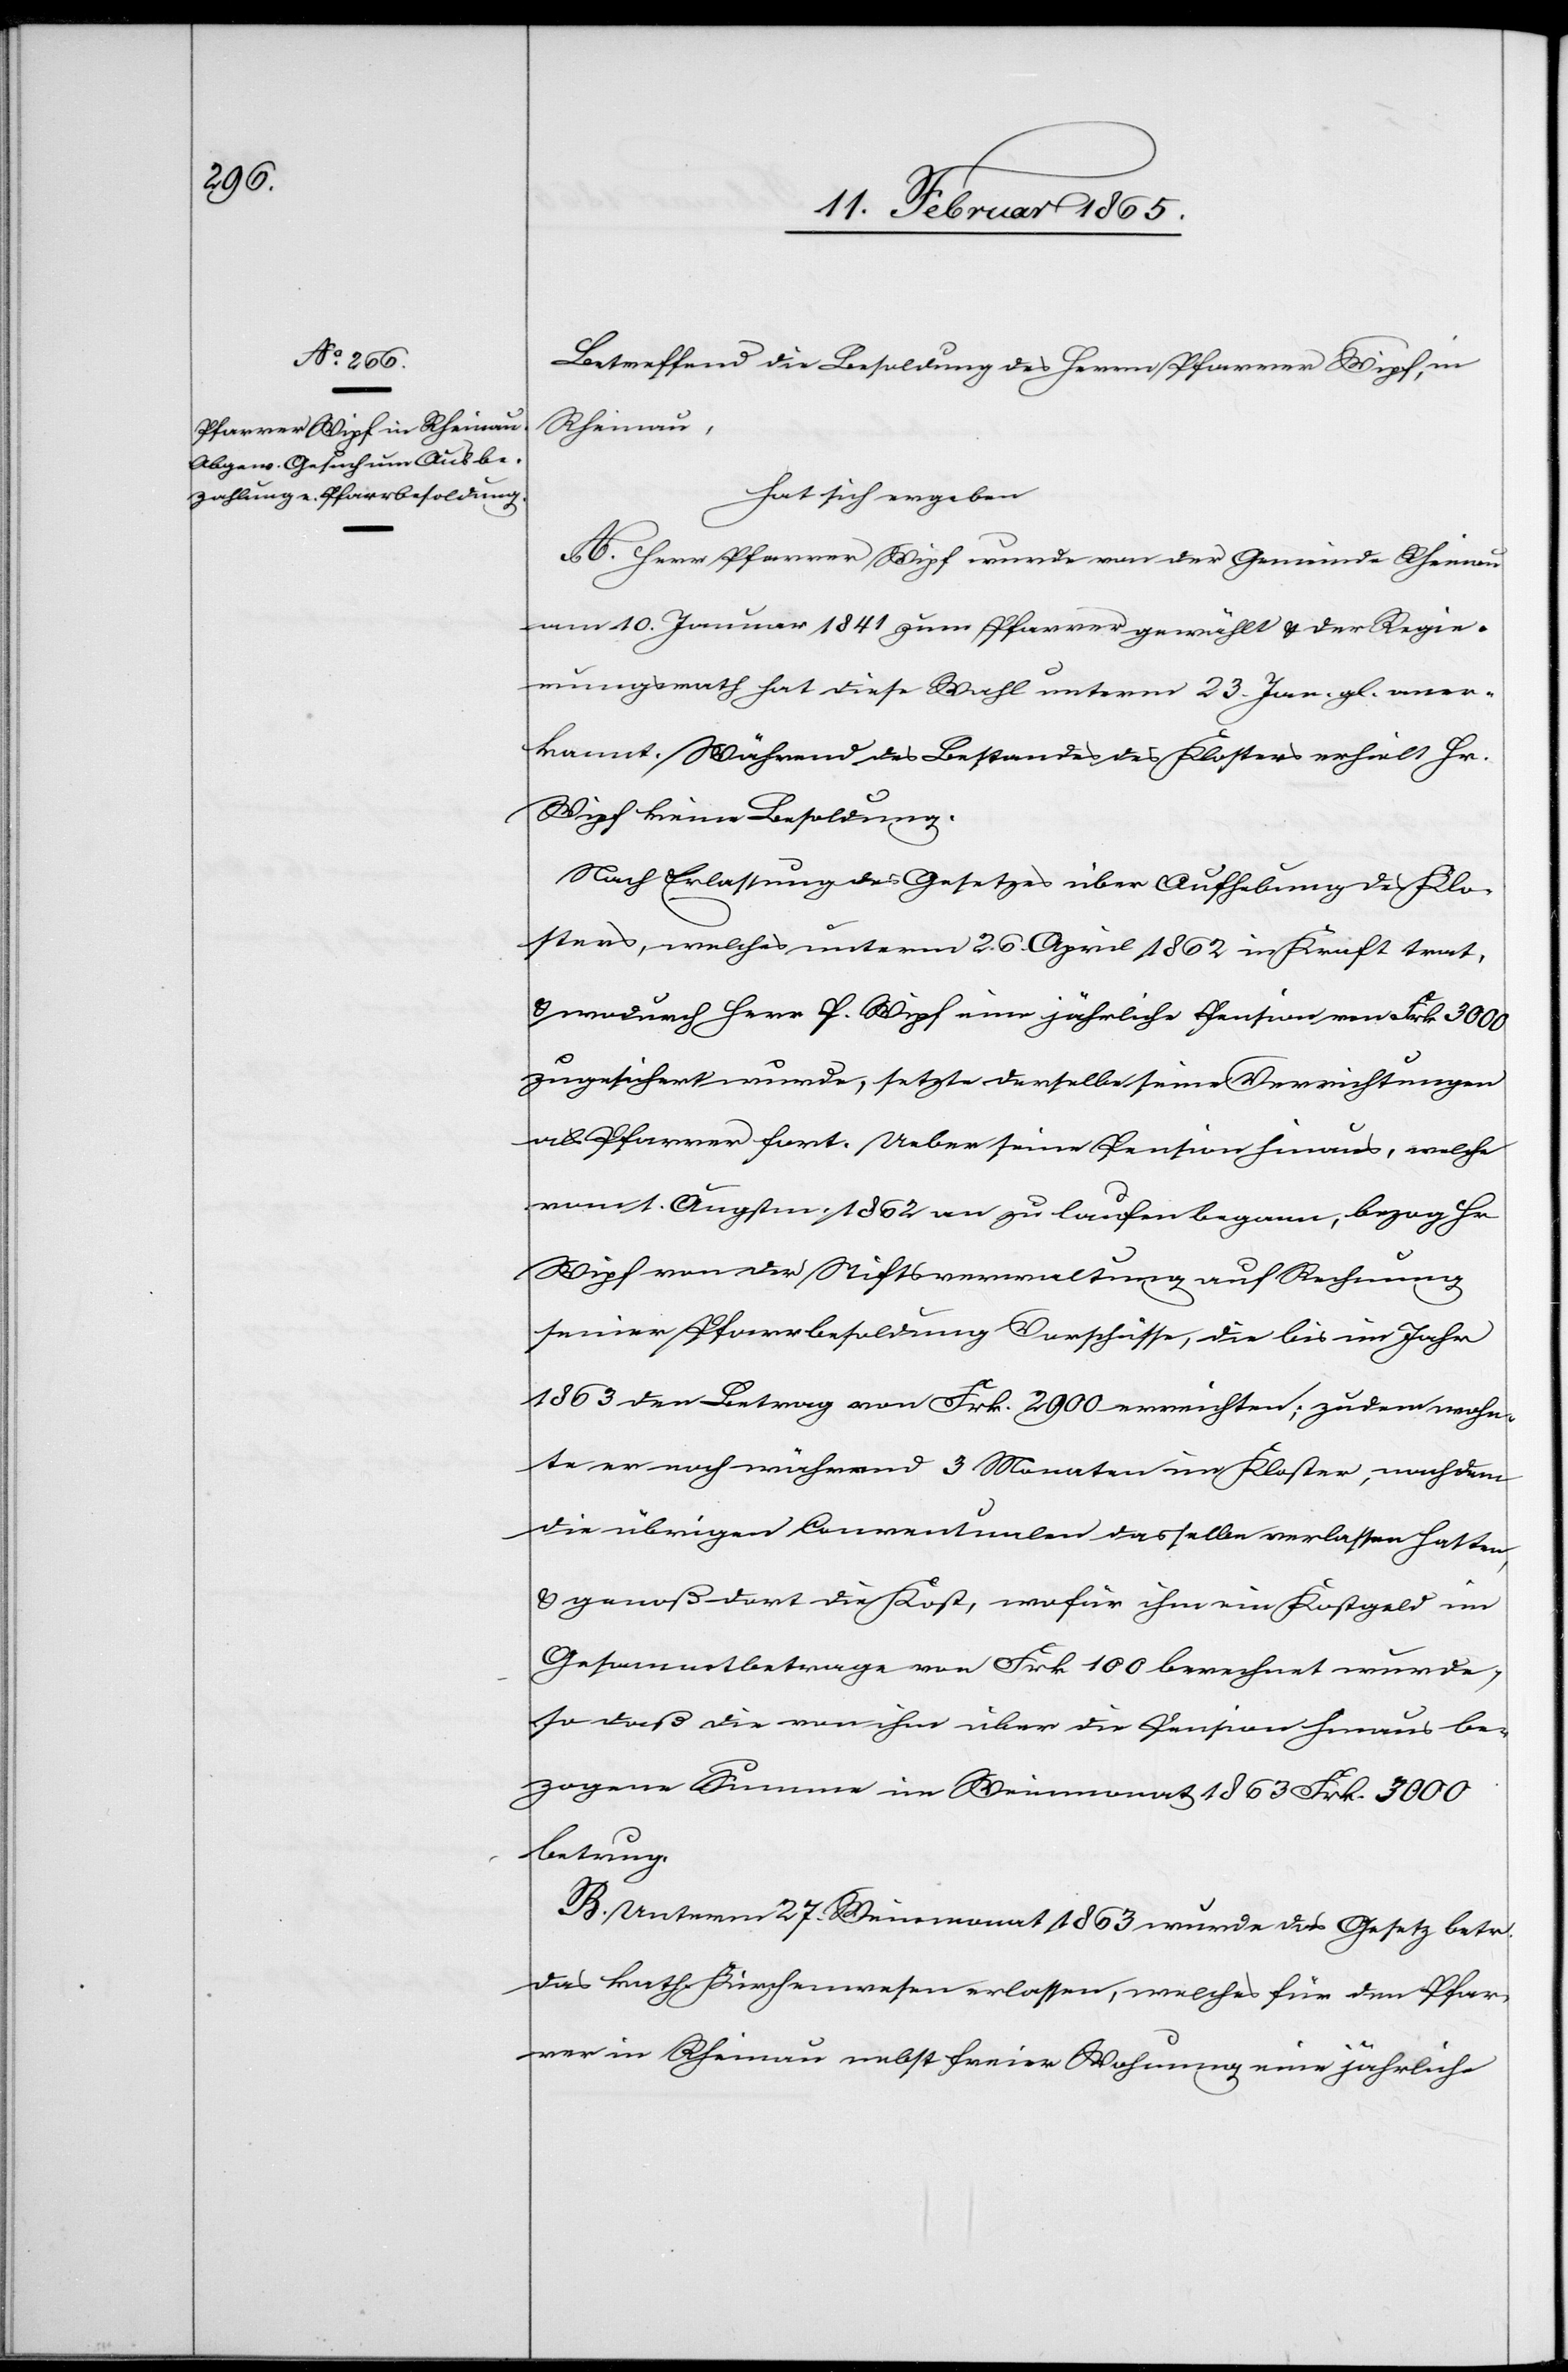
Betreffend die Besoldung des Herrn Pfarrer Wipf, in
Rheinau,
hat sich ergeben
A. Herr Pfarrer Wipf wurde von der Gemeinde Rheinau
am 10. Januar 1841 zum Pfarrer gewählt u. der Regie¬
rungsrath hat diese Wahl unterm 23. Jan. gl. aner¬
kannt. Während des Bestandes des Klosters erhielt Hr.
Wipf keine Besoldung.
Nach Erlassung des Gesetzes über Aufhebung des Klo¬
sters, welches unterm 26. April 1862 in Kraft trat,
u. wodurch Herr P. Wipf eine jährliche Pension von Frk 3000
zugesichert wurde, setzte derselbe seine Verrichtungen
als Pfarrer fort. Ueber seine Pension hinaus, welche
vom 1. Augstm. 1862 an zu laufen begann, bezog Hr
Wipf von der Stiftsverwaltung auf Rechnung
seiner Pfarrbesoldung Vorschüsse, die bis im Jahr
1863 den Betrag von Frk. 2900 erreichten; zudem wohn¬
te er noch während 3 Monaten im Kloster, nachdem
die übrigen Conventualen dasselbe verlassen hatten,
u. genoß dort die Kost, wofür ihm ein Kostgeld im
Gesammtbetrage von Frk. 100 berechnet wurde,
so daß die von ihm über die Pension hinaus be¬
zogene Summe im Weinmonat 1863 Frk. 3000
betrug.
B. Unterm 27. Weinmonat 1863 wurde das Gesetz betr.
das kath. Kirchenwesen erlassen, welches für den Pfar¬
rer in Rheinau nebst freier Wohnung eine jährliche